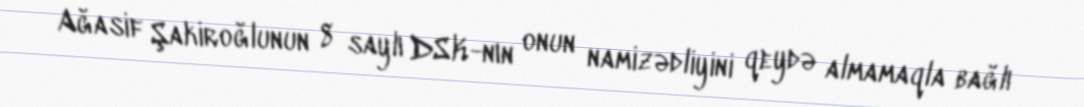
Ağasif Şakiroğlunun 8 saylı DSK-nın onun namizədliyini qeydə almamaqla bağlı